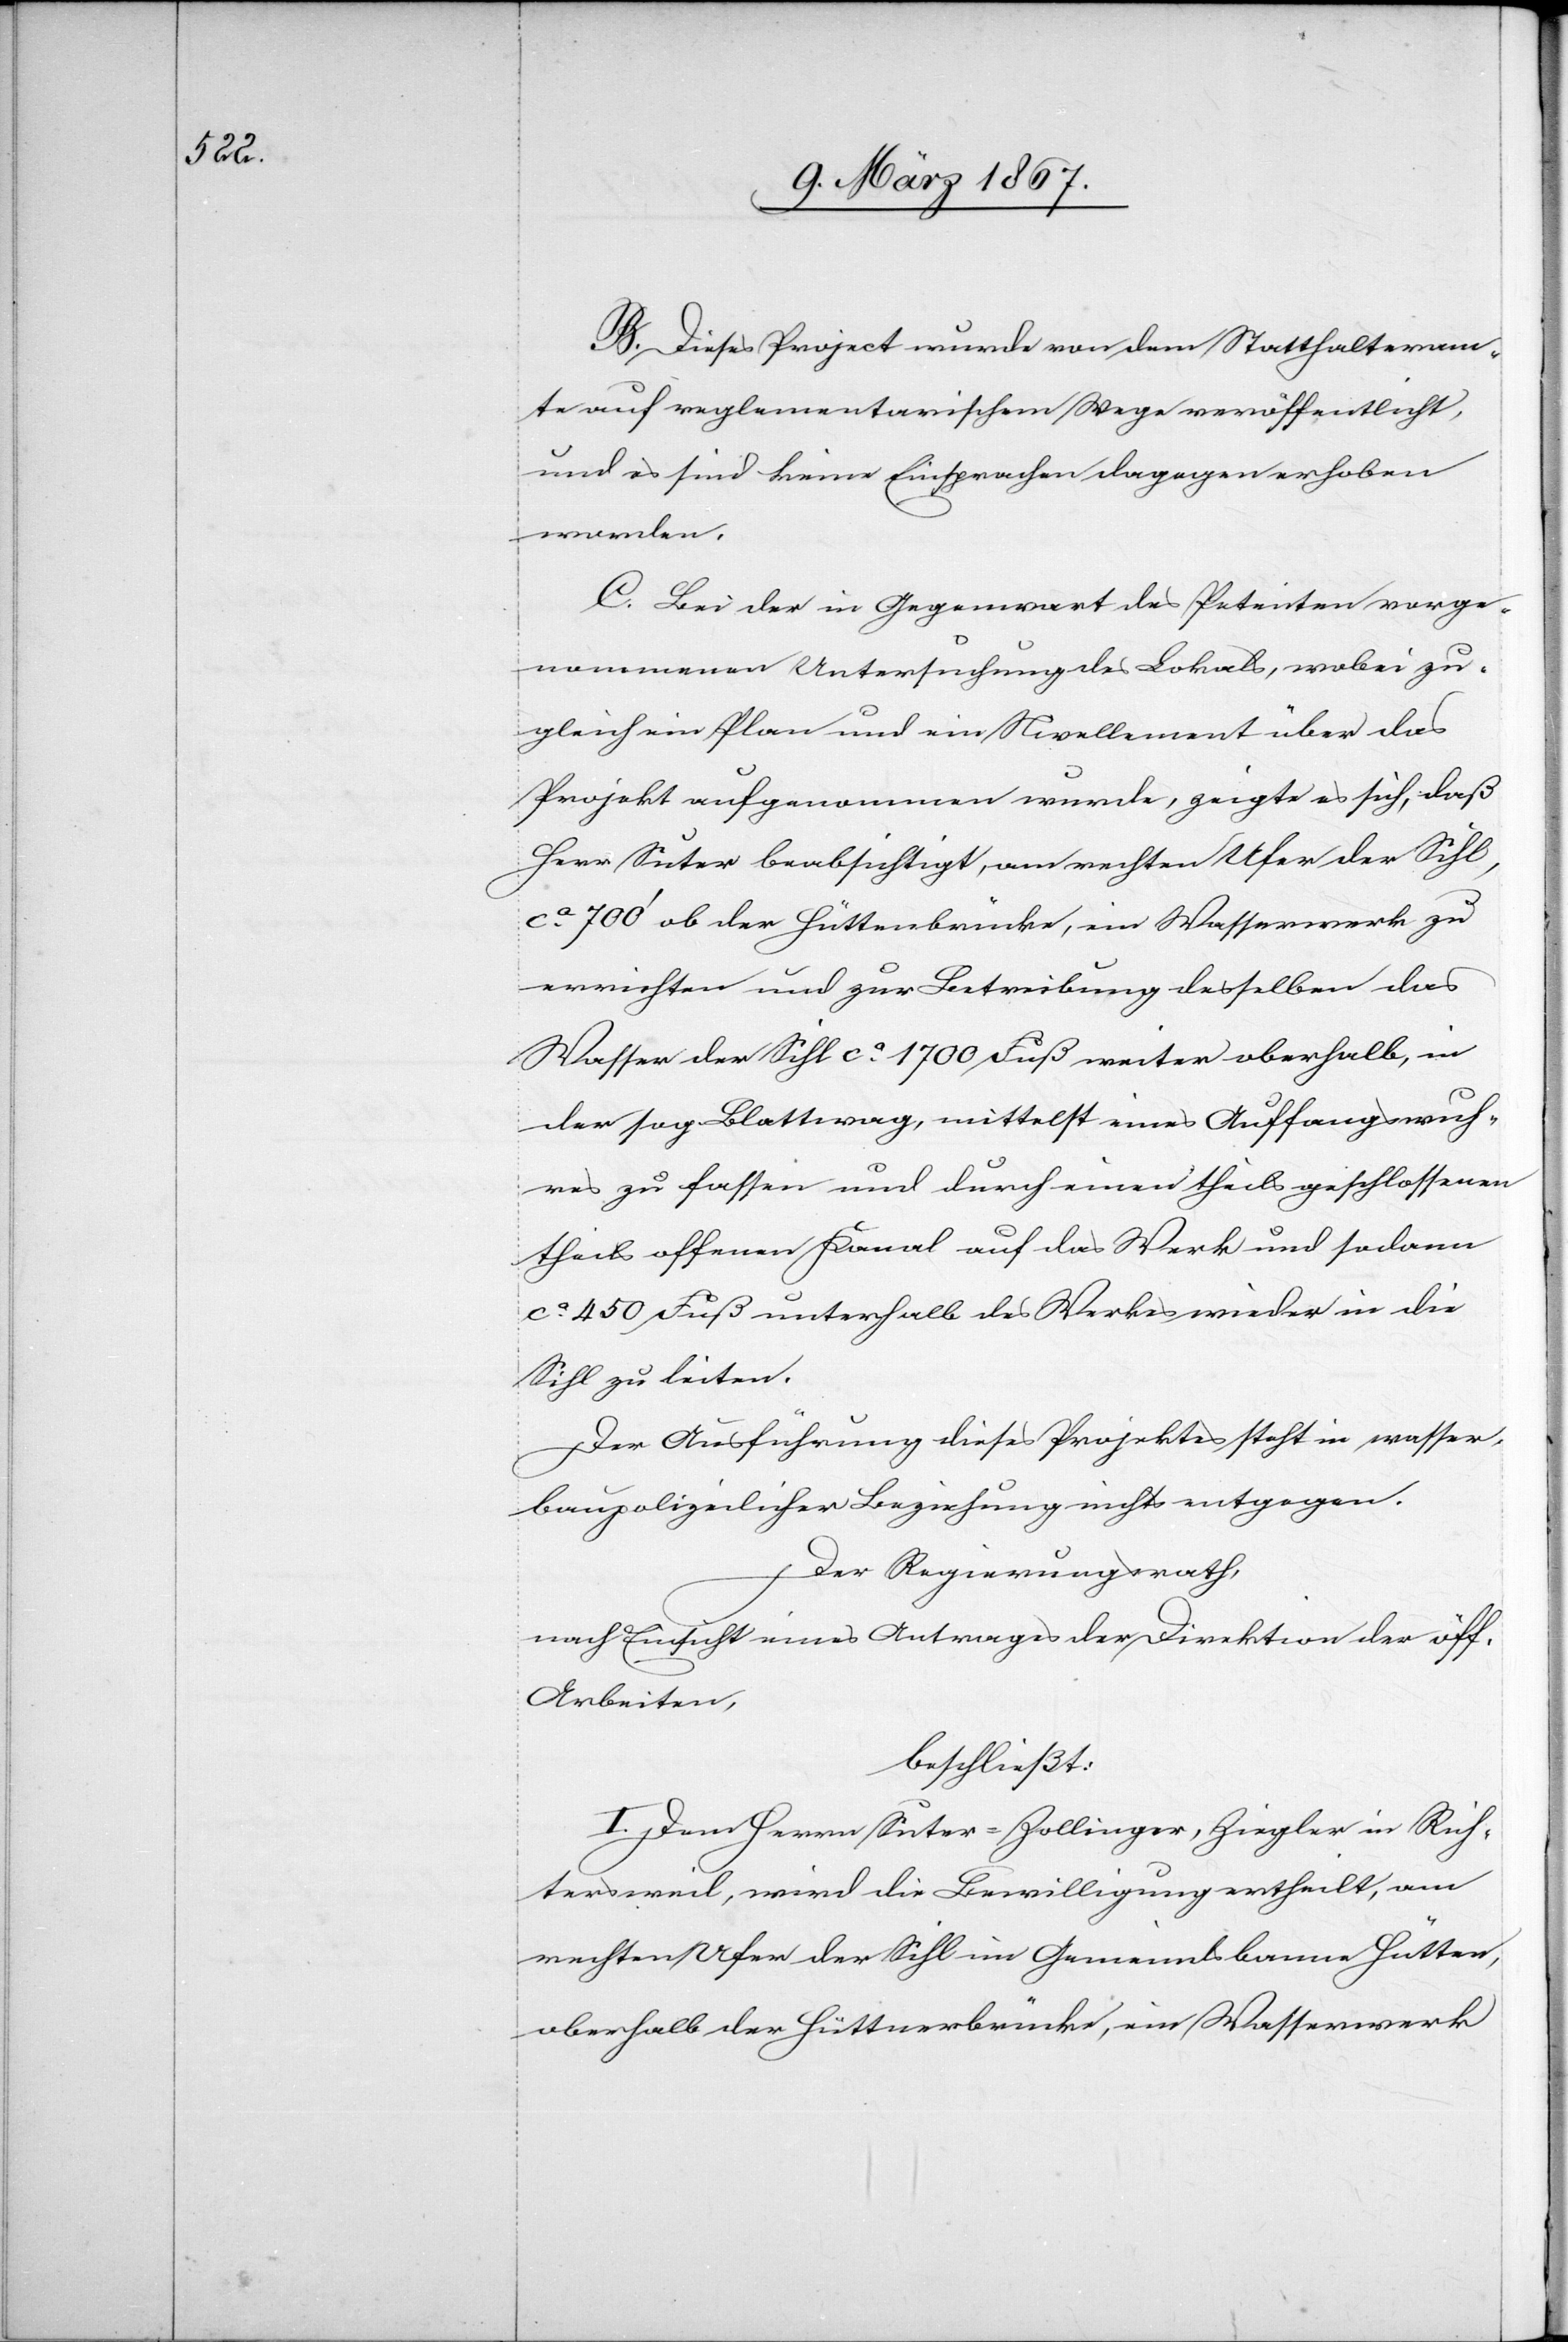
B. Dieses Project wurde von dem Statthalteram¬
te auf reglementarischem Wege veröffentlicht,
und es sind keine Einsprachen dagegen erhoben
worden.
C. Bei der in Gegenwart des Petenten vorge¬
nommenen Untersuchung des Lokals, wobei zu¬
gleich ein Plan und ein Nivellement über das
Projekt aufgenommen wurde, zeigte es sich, daß
Herr Suter beabsichtigt, am rechten Ufer der Sihl,
ca. 700’ ob der Hüttenbrücke, ein Wasserwerk zu
errichten und zur Betreibung desselben das
Wasser der Sihl ca. 1700 Fuß weiter oberhalb, in
der sog. Blattwag, mittelst eines Auffangswuh¬
res zu fassen und durch einen theils geschlossenen
theils offenen Kanal auf das Werk und sodann
ca. 450 Fuß unterhalb des Werkes wieder in die
Sihl zu leiten.
Der Ausführung dieses Projectes steht in wasser¬
baupolizeilicher Beziehung nichts entgegen.
Der Regierungsrath,
nach Einsicht eines Antrages der Direktion der öff.
Arbeiten,
beschließt:
I. Dem Herrn Suter-Zollinger, Ziegler in Rich¬
tersweil, wird die Bewilligung ertheilt, am
rechten Ufer der Sihl im Gemeindsbanne Hütten,
oberhalb der Hüttnerbrücke [sic!], ein Wasserwerk